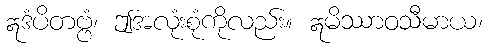
ဣဒံပိတဗ္ဗံ၊ ဤအလုံးစုံကိုလည်း။ ဣမိဿာဝသီမာယ၊